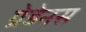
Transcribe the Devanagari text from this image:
ग्रेडेनस